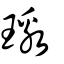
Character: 璬